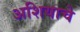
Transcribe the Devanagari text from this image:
अशियाचे